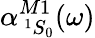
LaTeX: \alpha_{\, ^{1}S_{0}}^{M1}(\omega)